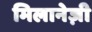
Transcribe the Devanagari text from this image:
मिलानेज़ी